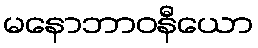
မနောဘာဝနီယော